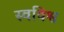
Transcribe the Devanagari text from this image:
स्वविश्व